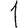
Digit: 1